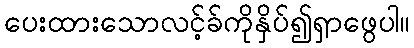
ပေးထားသောလင့်ခ်ကိုနှိပ်၍ရှာဖွေပါ။